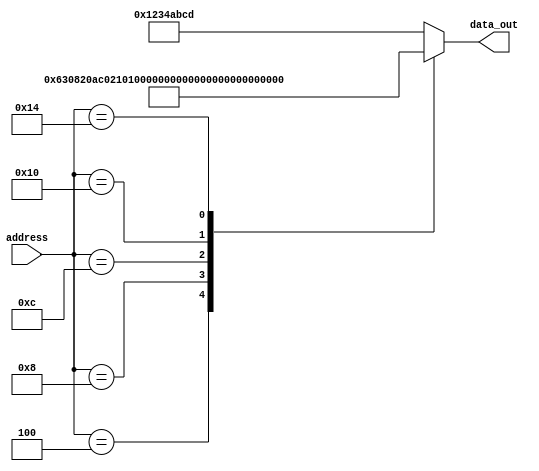
`timescale 1ns / 1ps


module IR_Mem(output reg [31:0] data_out, input [31:0] address);
always@(address)begin
	case(address) 
	   // Program #1
	   /*
        32'h0000_0004: data_out = 32'b000000_00010_00011_00001_00000_100000;
        32'h0000_0008: data_out = 32'b000000_00101_00110_00100_00000_100010;
        32'h0000_000c: data_out = 32'b000000_01000_01001_00111_00000_100100;
        32'h0000_0010: data_out = 32'b000000_00001_01100_01010_00000_100101;
        32'h0000_0014: data_out = 32'b000000_00100_10001_10000_00000_101010;
        */
        
        //Program #2
        32'h0000_0004: data_out = 32'b000000_00011_00011_00001_00000_100000;
        32'h0000_0008: data_out = 32'b101011_00000_00010_00010_00000_010000;
        32'h0000_000c: data_out = 32'b000000_00001_00100_00111_00000_100100;
        32'h0000_0010: data_out = 32'b100011_00001_00111_00100_00000_000000;
        32'h0000_0014: data_out = 32'b100011_00101_00110_10000_00000_000110;   
        
        
		default: #7 data_out=32'h1234abcd;
	endcase
end

endmodule